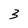
Character: 3